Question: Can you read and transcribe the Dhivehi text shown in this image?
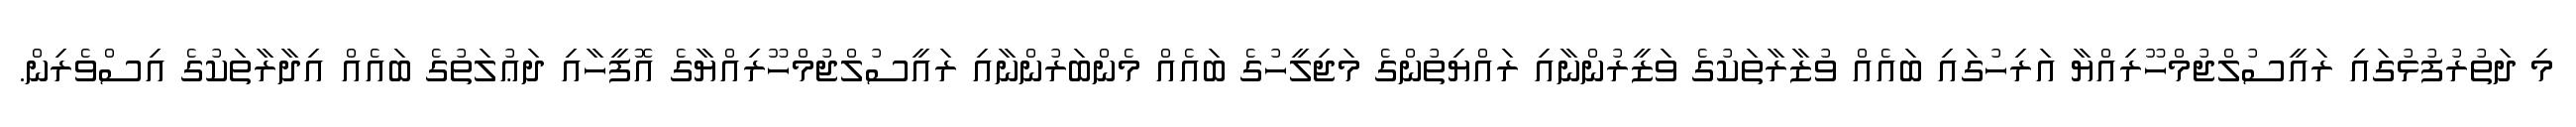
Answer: މި ދަތުރުފުޅުގައި ރައީސުލްޖުމްހޫރިއްޔާ އަރިހުގައި ބައެއް ވުޒާރާތަކުގެ ވަޒީރުންނާއި ރައްޔިތުންގެ މަޖިލީހުގެ ބައެއް މެންބަރުންނާއި ރައީސުލްޖުމްހޫރިއްޔާގެ އޮފީހާއި ދަޢުލަތުގެ ބައެއް އިދާރާތަކުގެ އިސްވެރިން.